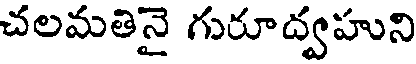
చలమతినై గురూద్వహుని